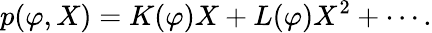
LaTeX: p(\varphi,X)=K(\varphi)X+L(\varphi)X^{2}+\cdots.